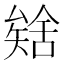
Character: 𮀈